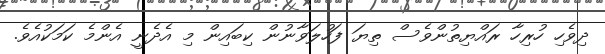
ދިވެހި ހުރިހާ ރައްޔިތުންވެސް ތިޔަ ފަހުލަވާނުން ކިބައިން މި އެދެނީ އެންމެ ކަމަކުއެވެ.